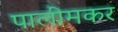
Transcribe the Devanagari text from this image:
पालीमकर